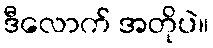
ဒီလောက် အတိုပဲ။